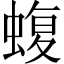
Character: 蝮